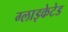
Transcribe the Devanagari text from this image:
ग्लाइकेटेड